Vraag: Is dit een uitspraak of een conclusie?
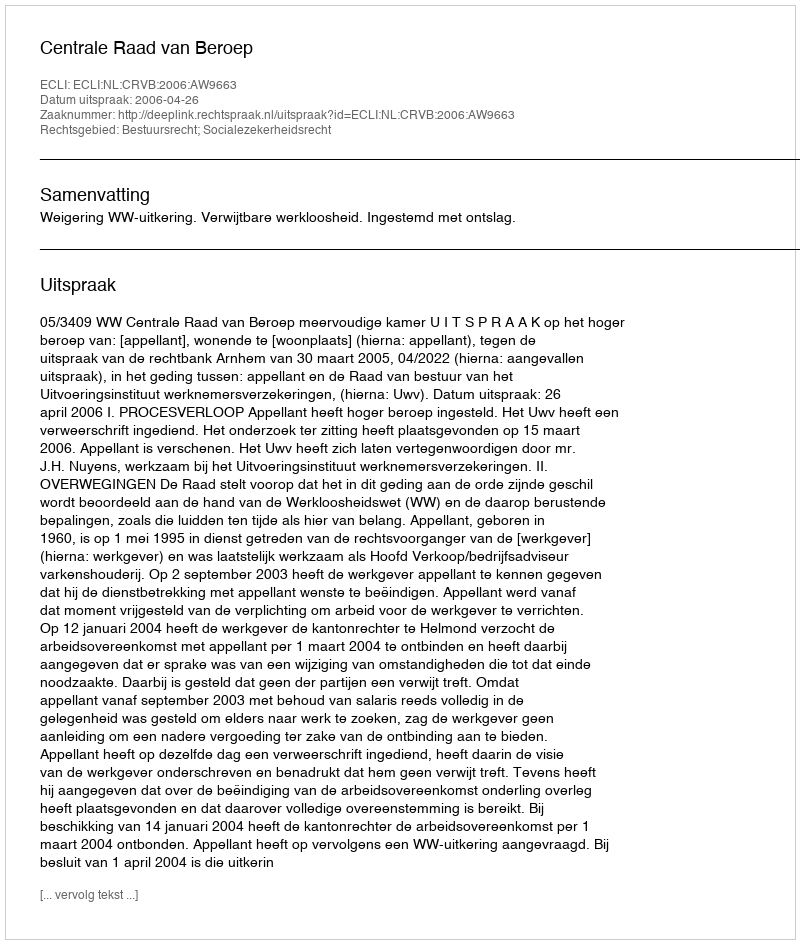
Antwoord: Uitspraak